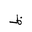
Letter: _za